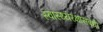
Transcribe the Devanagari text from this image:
स्वास्थ्यरक्षासंबंधी